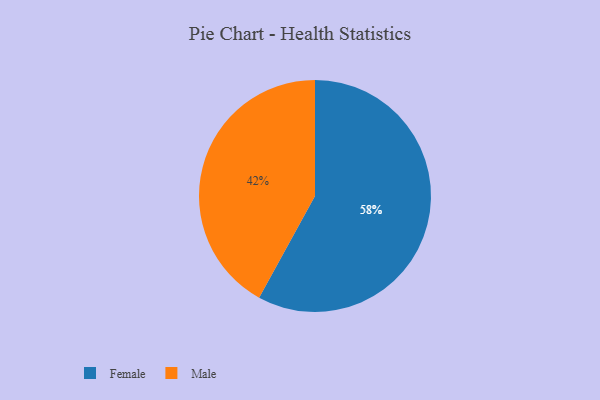
{"axis": {"x": "Category", "y": "Percentage"}, "legend": ["Female", "Male"], "data": [{"x": "Male", "y": 42, "type": "Male"}, {"x": "Female", "y": 58, "type": "Female"}]}